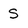
Character: S